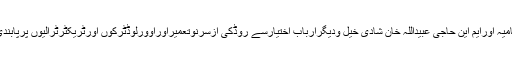
عوامی حلقوں نے ضلعی انتظامیہ اورایم این حاجی عبیداللہ خان شادی خیل ودیگرارباب اختیارسے روڈکی ازسرِنوتعمیراوراوورلوڈٹرکوں اورٹریکٹرٹرالیوں پرپابندی عائدکرنے کامطالبہ کیاہے۔